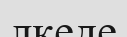
лкеде